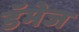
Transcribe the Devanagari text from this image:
डॅमेज